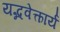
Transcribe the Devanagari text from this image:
यद्भवेत्कार्यं